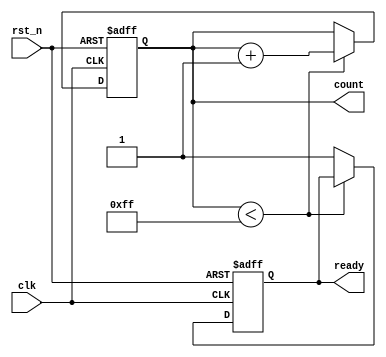
module default_state_initialization (
    input wire clk,       // Clock signal
    input wire rst_n,     // Active-low reset signal
    output reg [7:0] count, // Counter output
    output reg ready      // Ready flag
);

// Default state initialization
initial begin
    count = 8'b00000000;  // Initialize count to 0
    ready = 1'b0;         // Initialize ready flag to inactive (low)
end

// Synchronous reset and counting logic
always @(posedge clk or negedge rst_n) begin
    if (!rst_n) begin
        // Reset condition
        count <= 8'b00000000; // Reset count to 0
        ready <= 1'b0;        // Reset ready flag to inactive
    end else begin
        // Normal operation
        if (count < 8'b11111111) begin
            count <= count + 1; // Increment count
        end else begin
            ready <= 1'b1;       // Set ready flag when count reaches max
        end
    end
end

endmodule